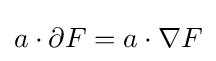
a\cdot \partial F=a\cdot \nabla F